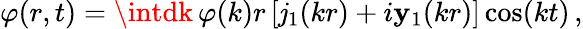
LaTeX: \varphi(r,t)=\intdk\, \varphi(k)r\left[\mathit{j}_{1}(kr)+i\mathbf{y}_{1}(kr)\right]\cos(kt)\, ,